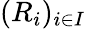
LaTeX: (R_{i})_{i\in I}